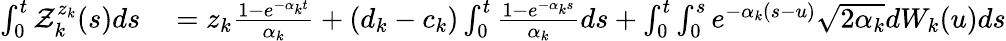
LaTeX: \begin{array}{rl}{\int_{0}^{t}\mathcal{Z}_{k}^{z_{k}}(s)ds}&{{}=z_{k}\frac{1-e^{-\alpha_{k}t}}{\alpha_{k}}+(d_{k}-c_{k})\int_{0}^{t}\frac{1-e^{-\alpha_{k}s}}{\alpha_{k}}ds+\int_{0}^{t}\int_{0}^{s}e^{-\alpha_{k}(s-u)}\sqrt{2\alpha_{k}}dW_{k}(u)ds}\end{array}